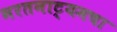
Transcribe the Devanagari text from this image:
भरतनाट्यमचा